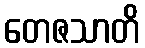
တေဇသာတိ